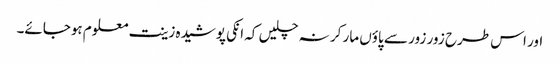
اور اس طرح زور زور سے پاؤں مار کر نہ چلیں کہ انکی پوشیدہ زینت معلوم ہوجائے۔